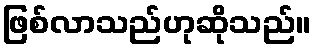
ဖြစ်လာသည်ဟုဆိုသည်။